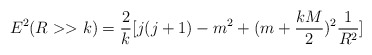
\begin{align*}E^2(R>>k)=\frac{2}{k}[j(j+1)-m^2+(m+\frac{kM}{2})^2\frac{1}{R^2}]\end{align*}